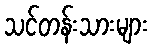
သင်တန်းသားများ